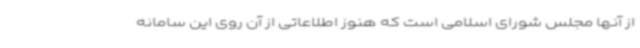
از آنها مجلس شورای اسلامی است که هنوز اطلاعاتی از آن روی این سامانه